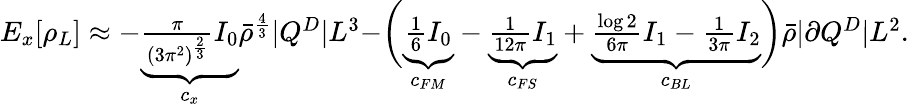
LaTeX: \begin{array}{r}{E_{x}[\rho_{L}]\approx-\underbrace{\frac{\pi}{(3\pi^{2})^{\frac{2}{3}}}I_{0}}_{c_{x}}\bar{\rho}^{\frac{4}{3}}|Q^{D}|L^{3}-\biggr(\underbrace{\frac{1}{6}I_{0}}_{c_{FM}}-\underbrace{\frac{1}{12\pi}I_{1}}_{c_{FS}}+\underbrace{\frac{\log 2}{6\pi}I_{1}-\frac{1}{3\pi}I_{2}}_{c_{BL}}\biggr)\bar{\rho}|\partial Q^{D}|L^{2}.}\end{array}